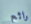
رائع